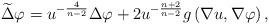
LaTeX: \begin{align*}\widetilde{\Delta }\varphi =u^{-\frac{4}{n-2}}\Delta \varphi +2u^{-\frac{n+2}{n-2}}g\left( \nabla u,\nabla \varphi \right) , \end{align*}